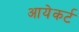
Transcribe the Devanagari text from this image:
आयेकर्ट